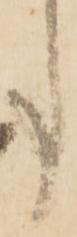
事